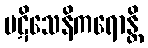
ပဋိသေနိကရောန္တိ